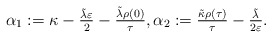
\begin{align*} \alpha_{1} := \kappa - \tfrac{\tilde{\lambda} \varepsilon}{2} - \tfrac{\tilde{\lambda} \rho(0)}{\tau}, \alpha_{2} := \tfrac{\tilde{\kappa} \rho(\tau)}{\tau} - \tfrac{\tilde{\lambda}}{2 \varepsilon}. \end{align*}